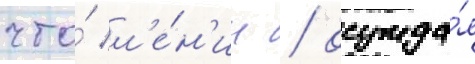
что́ л'е́н'ин / осужда́я